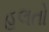
હલતો